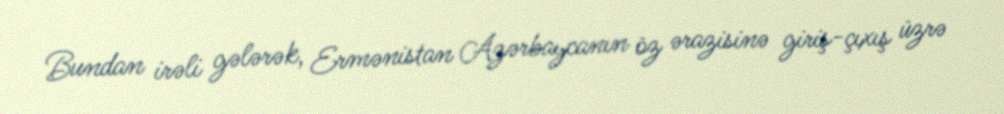
Bundan irəli gələrək, Ermənistan Azərbaycanın öz ərazisinə giriş-çıxış üzrə